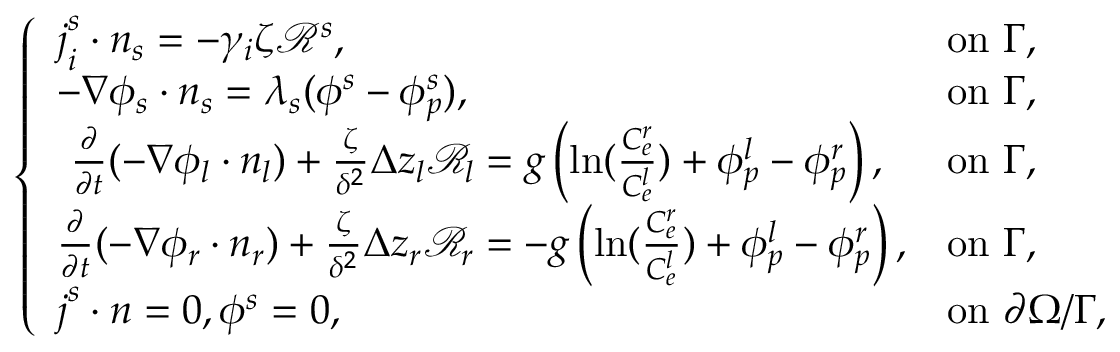
\left\{ \begin{array} { l l } { \boldsymbol { j } _ { i } ^ { s } \cdot \boldsymbol { n } _ { s } = - \gamma _ { i } \zeta \mathcal { R } ^ { s } , } & { \mathrm { o n ~ } \Gamma , } \\ { - \nabla \phi _ { s } \cdot \boldsymbol { n } _ { s } = \lambda _ { s } ( \phi ^ { s } - \phi _ { p } ^ { s } ) , } & { \mathrm { o n ~ } \Gamma , } \\ { ~ \frac { \partial } { \partial t } ( - \nabla \phi _ { l } \cdot \boldsymbol { n _ { l } } ) + \frac { \zeta } { \delta ^ { 2 } } \Delta z _ { l } \mathcal { R } _ { l } = g \left( \ln ( \frac { C _ { e } ^ { r } } { C _ { e } ^ { l } } ) + \phi _ { p } ^ { l } - \phi _ { p } ^ { r } \right) , } & { \mathrm { o n ~ } \Gamma , } \\ { \frac { \partial } { \partial t } ( - \nabla \phi _ { r } \cdot \boldsymbol { n _ { r } } ) + \frac { \zeta } { \delta ^ { 2 } } \Delta z _ { r } \mathcal { R } _ { r } = - g \left( \ln ( \frac { C _ { e } ^ { r } } { C _ { e } ^ { l } } ) + \phi _ { p } ^ { l } - \phi _ { p } ^ { r } \right) , } & { \mathrm { o n ~ } \Gamma , } \\ { \boldsymbol { j } ^ { s } \cdot \boldsymbol { n } = 0 , \phi ^ { s } = 0 , } & { \mathrm { o n ~ } \partial \Omega / \Gamma , } \end{array} \right.